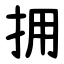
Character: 拥